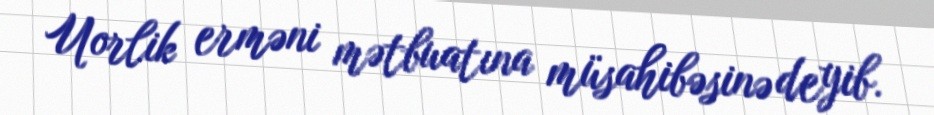
Uorlik erməni mətbuatına müsahibəsinə deyib.